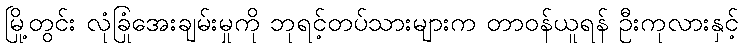
မြို့တွင်း လုံခြုံအေးချမ်းမှုကို ဘုရင့်တပ်သားများက တာဝန်ယူရန် ဦးကုလားနှင့်